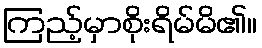
ကြည့်မှာစိုးရိမ်မိ၏။